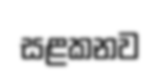
සළකනව